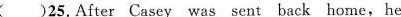
( )25,After Casey was sent back home,he